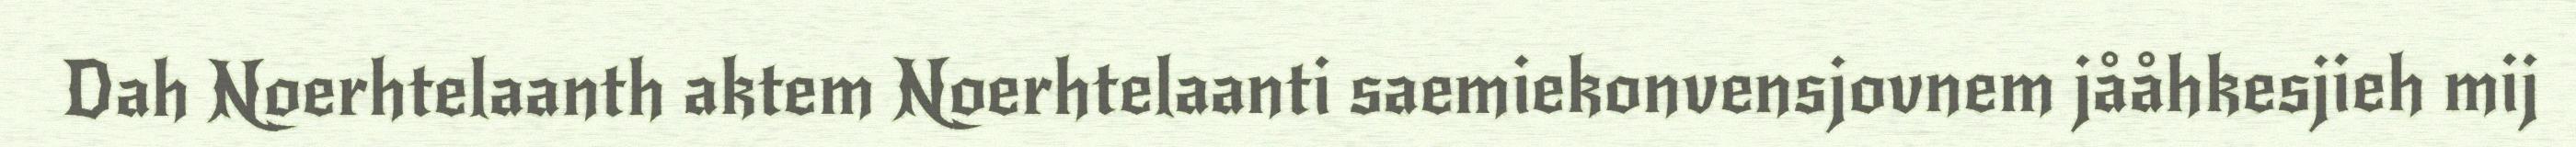
Dah Noerhtelaanth aktem Noerhtelaanti saemiekonvensjovnem jååhkesjieh mij